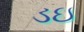
ડઇ